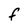
Character: F